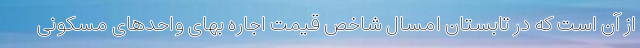
از آن است که در تابستان امسال شاخص قیمت اجاره بهای واحدهای مسکونی